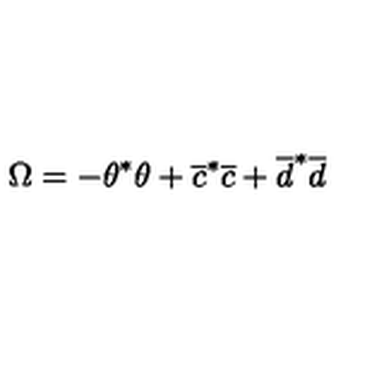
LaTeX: \Omega = - \theta ^ { * } \theta + \overline { c } ^ { * } \overline { c } + \overline { d } ^ { * } \overline { d }